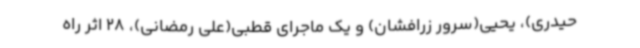
حیدری)، یحیی(سرور زرافشان) و یک ماجرای قطبی(علی رمضانی)، 28 اثر راه